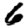
Digit: 6